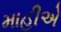
માહીએ